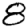
Digit: 8